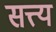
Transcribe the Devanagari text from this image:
सत्त्य